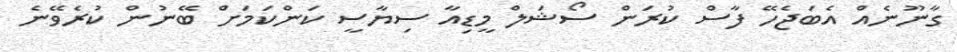
ގާނޫނެއް އެބަޖެހޭ ފާސް ކުރަން ސޯޝަލް މީޑިއާ ސިޔާސީ ކަންކަމަށް ބޭނުން ކުރެވޭނެ